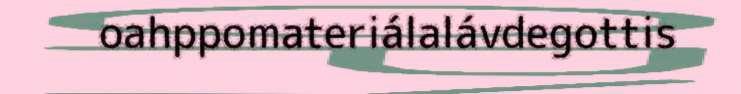
oahppomateriálalávdegottis